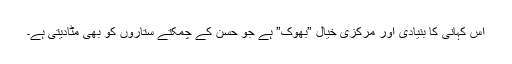
اس کہانی کا بنیادی اور مرکزی خیال ”بھوک” ہے جو حسن کے چمکتے ستاروں کو بھی مٹادیتی ہے۔